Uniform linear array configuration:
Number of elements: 32
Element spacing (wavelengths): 1
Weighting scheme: kaiser
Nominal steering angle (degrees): -45
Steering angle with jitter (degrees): -44.702
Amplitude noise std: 0.05
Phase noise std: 0.05

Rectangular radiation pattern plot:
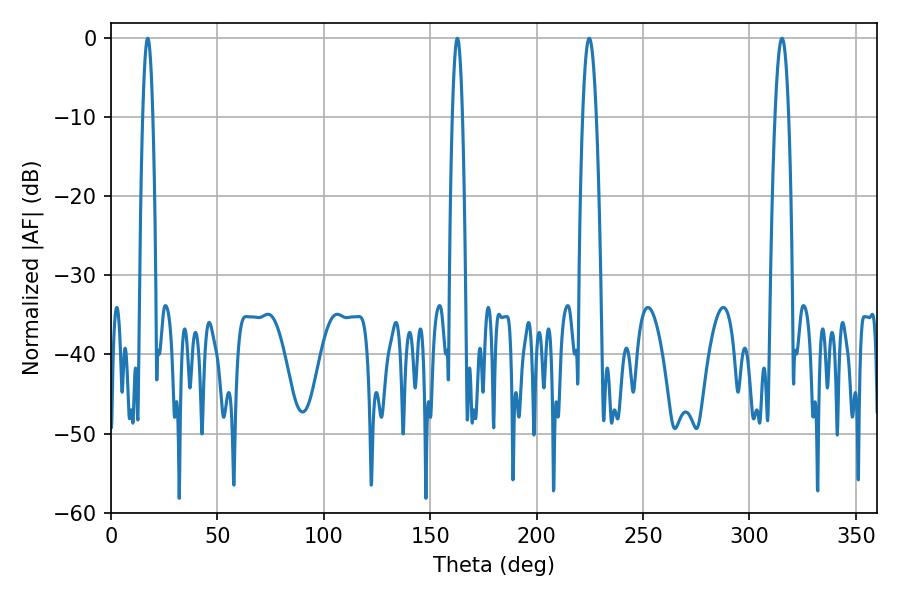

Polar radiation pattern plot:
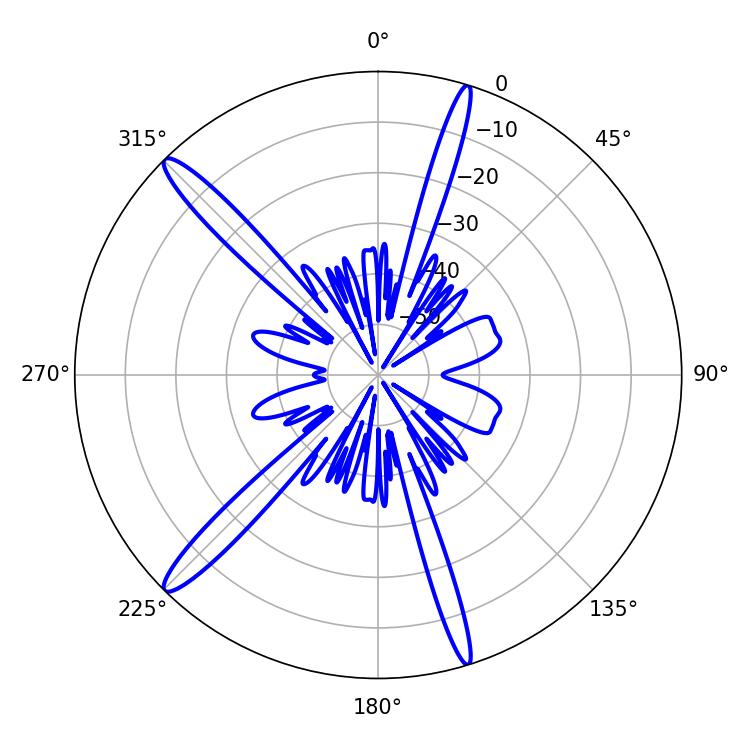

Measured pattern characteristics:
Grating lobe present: TRUE
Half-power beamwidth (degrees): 2.52
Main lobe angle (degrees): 17.28